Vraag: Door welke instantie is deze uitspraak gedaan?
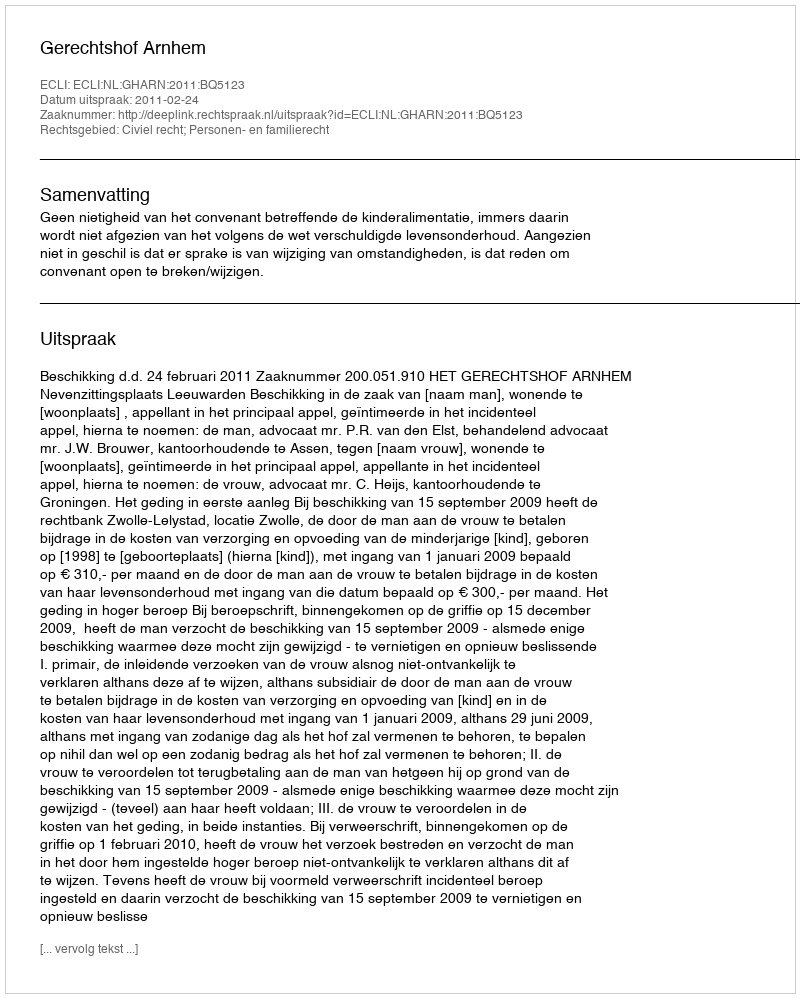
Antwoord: Gerechtshof Arnhem